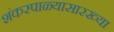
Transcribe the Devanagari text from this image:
शंकरपाळ्यासारख्या